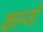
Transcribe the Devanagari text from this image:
कान्जी